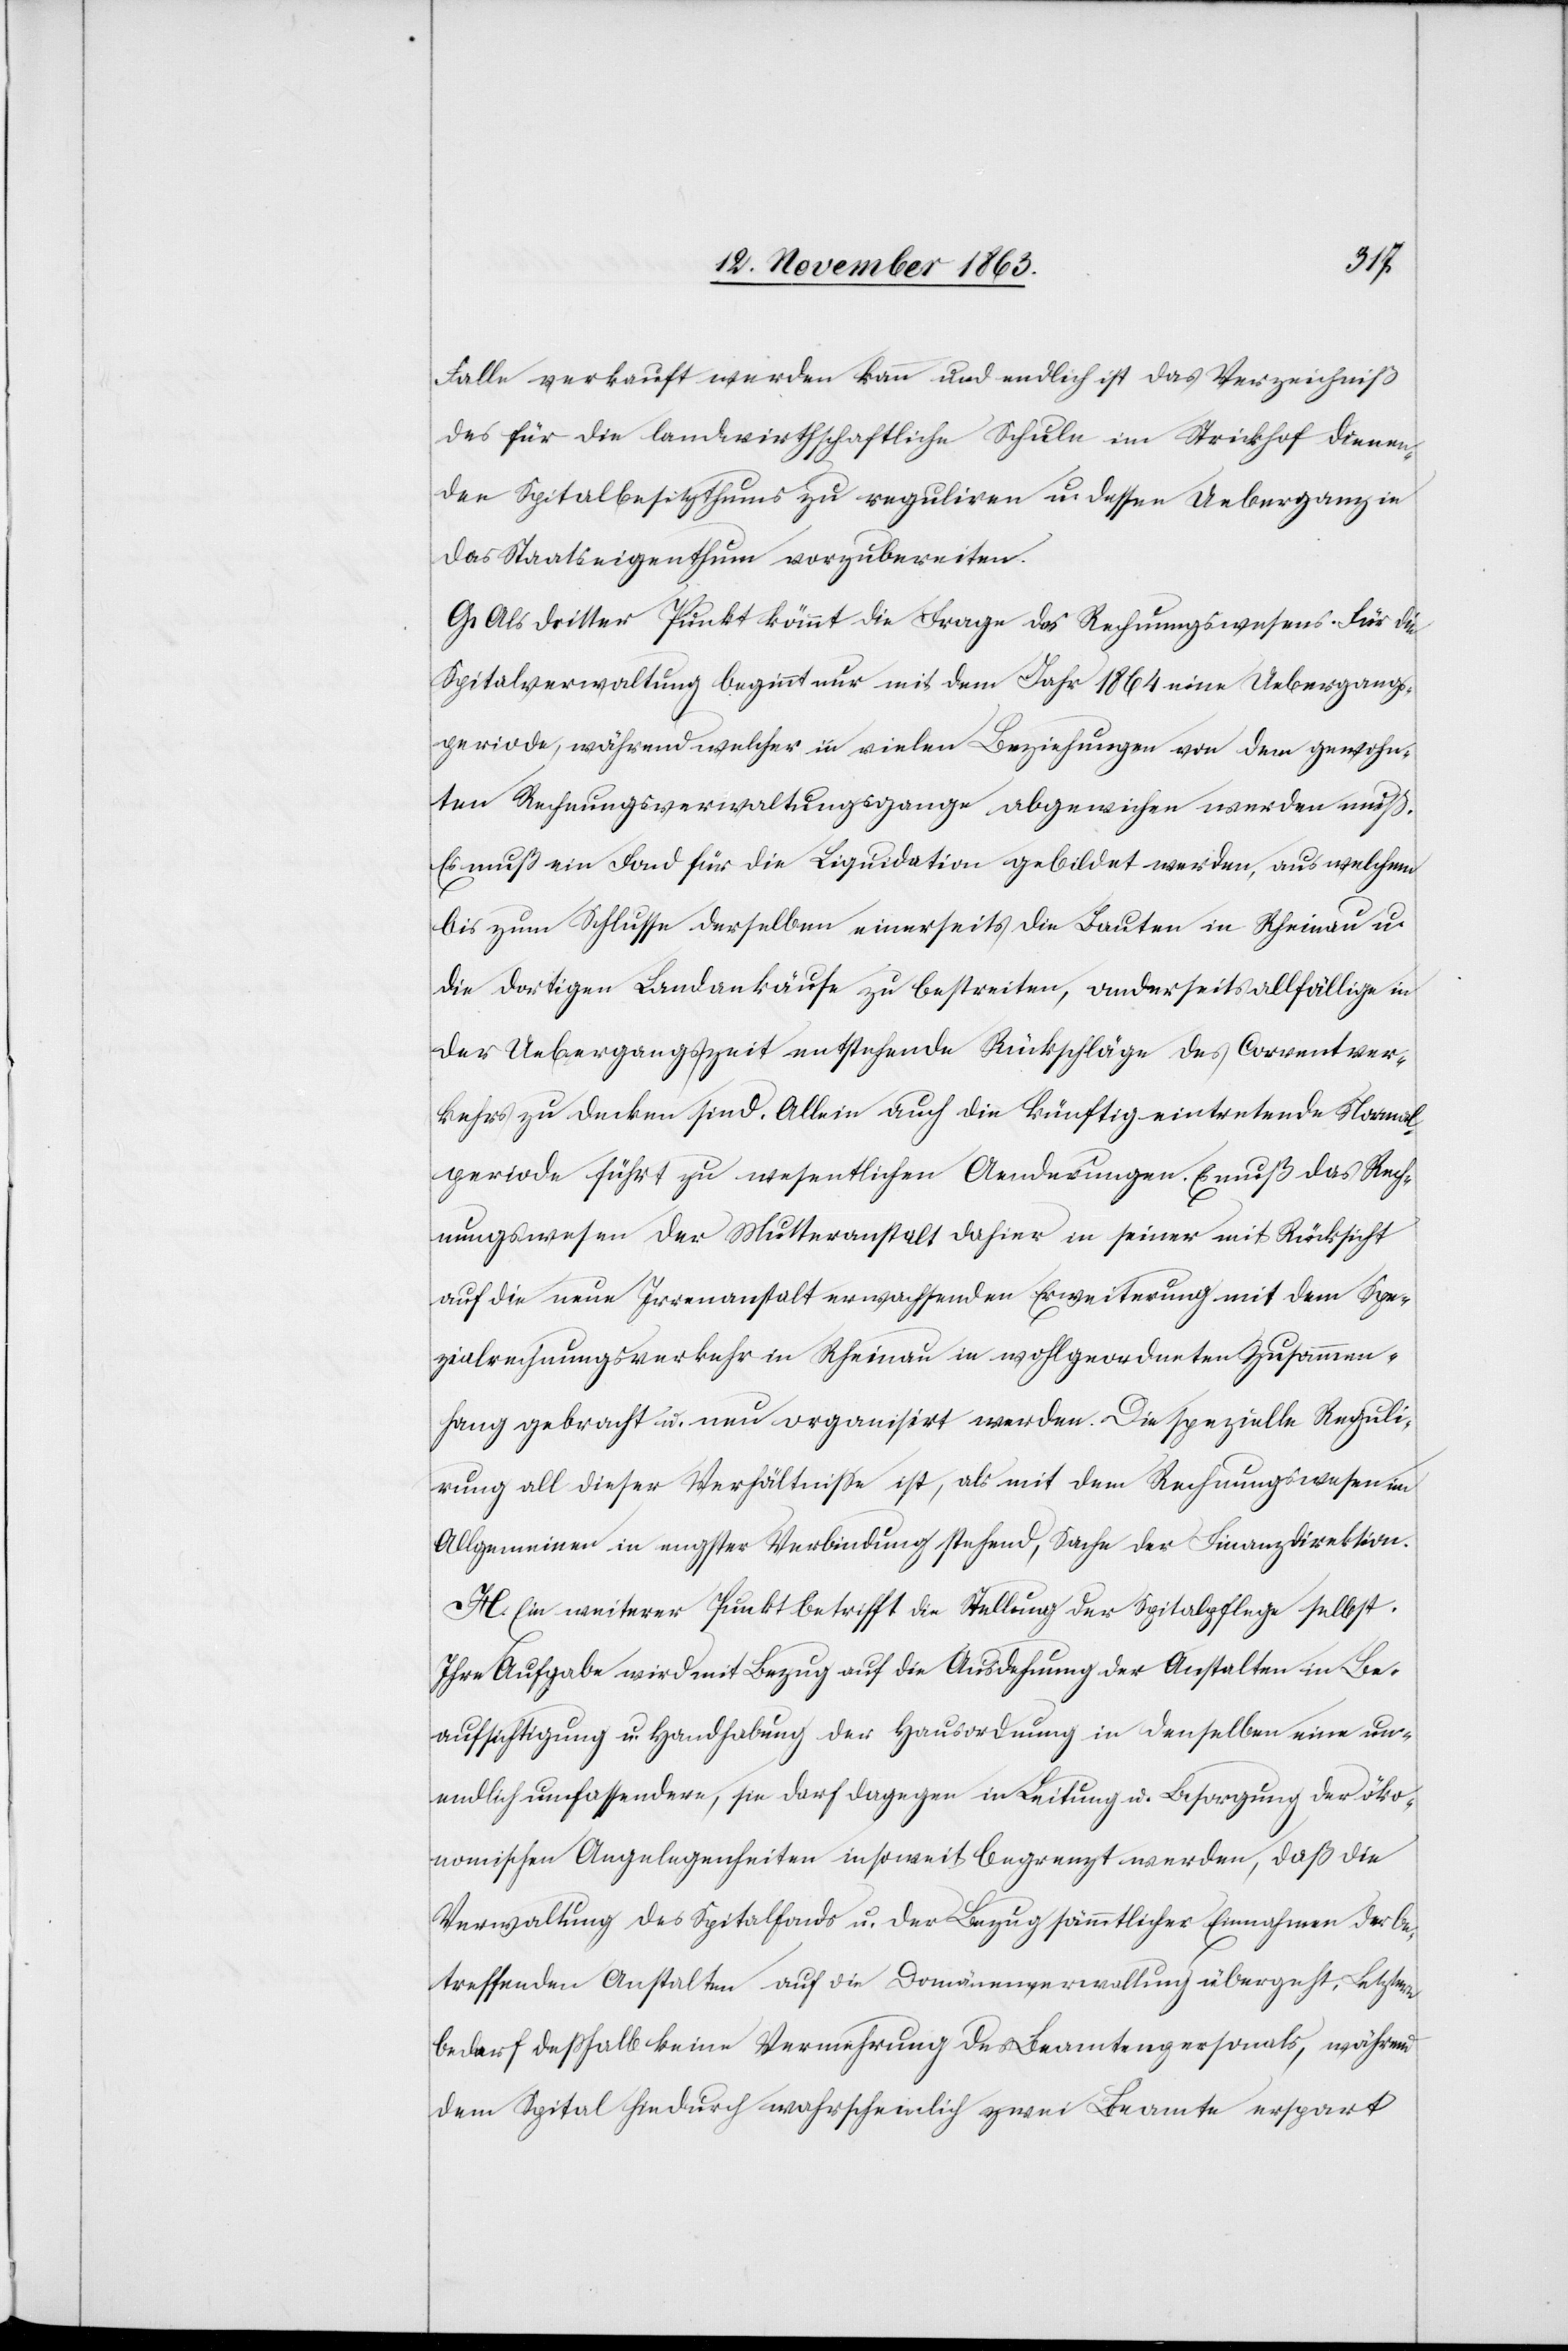
Falle verkauft werden kann und endlich ist das Verzeichniß
des für die landwirthschaftliche Schule im Strickhof dienen¬
den Spitalbesitzthums zu reguliren u. dessen Uebergang in
das Staatseigenthum vorzubereiten.
G. Als dritter Punkt kömmt die Frage des Rechnungswesens. Für die
Spitalverwaltung beginnt nur [sic!] mit dem Jahr 1864 eine Uebergangs¬
periode, während welcher in vielen Beziehungen von dem gewohn¬
ten Rechnungsverwaltungsgange abgewichen werden muß.
Es muß ein Fond für die Liquidation gebildet werden, aus welchem
bis zum Schlusse derselben einerseits die Bauten in Rheinau u.
die dortigen Landankäufe zu bestreiten, anderseits allfällige in
der Uebergangszeit entstehende Rückschläge des Correntver¬
kehrs zu decken sind. Allein auch die künftig eintretende Normal¬
periode führt zu wesentlichen Aenderungen. Es muß das Rech¬
nungswesen der Mutteranstalt dahier in seiner mit Rücksicht
auf die neue Irrenanstalt erwachsenden Erweiterung mit dem Spe¬
zialrechnungsverkehr in Rheinau in wohlgeordneten Zusammen¬
hang gebracht u. neu organisirt werden. Die spezielle Reguli¬
rung all dieser Verhältnisse ist, als mit dem Rechnungswesen im
Allgemeinen in engster Verbindung stehend, Sache der Finanzdirektion.
H. Ein weiterer Punkt betrifft die Stellung der Spitalpflege selbst.
Ihre Aufgabe wird mit Bezug auf die Ausdehnung der Anstalten in Be¬
aufsichtigung u. Handhabung der Hausordnung in denselben eine un¬
endlich umfassendere, sie darf dagegen in Leitung u. Besorgung der öko¬
nomischen Angelegenheiten insoweit begrenzt werden, daß die
Verwaltung des Spitalfonds u. der Bezug sämmtlicher Einnahmen der be¬
treffenden Anstalten auf die Domänenverwaltung übergeht, Letztere
bedarf desshalb keine Vermehrung des Beamtenpersonals, während
dem Spital hiedurch wahrscheinlich zwei Beamte erspart